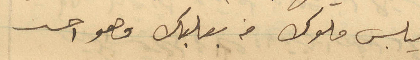
فيلبس ملوك من بعلبك وهو احسن